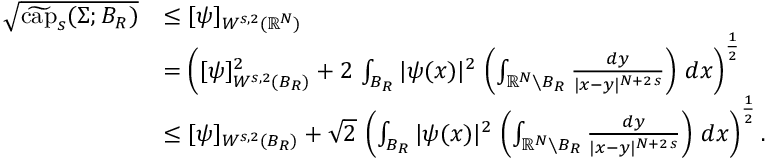
\begin{array} { r l } { \sqrt { \widetilde { \mathrm { c a p } } _ { s } ( \Sigma ; B _ { R } ) } } & { \le [ \psi ] _ { W ^ { s , 2 } ( \mathbb { R } ^ { N } ) } } \\ & { = \left( [ \psi ] _ { W ^ { s , 2 } ( B _ { R } ) } ^ { 2 } + 2 \, \int _ { B _ { R } } | \psi ( x ) | ^ { 2 } \, \left( \int _ { \mathbb { R } ^ { N } \setminus B _ { R } } \frac { d y } { | x - y | ^ { N + 2 \, s } } \right) \, d x \right) ^ { \frac { 1 } { 2 } } } \\ & { \le [ \psi ] _ { W ^ { s , 2 } ( B _ { R } ) } + \sqrt { 2 } \, \left( \int _ { B _ { R } } | \psi ( x ) | ^ { 2 } \, \left( \int _ { \mathbb { R } ^ { N } \setminus B _ { R } } \frac { d y } { | x - y | ^ { N + 2 \, s } } \right) \, d x \right) ^ { \frac { 1 } { 2 } } . } \end{array}